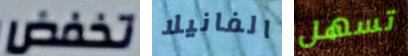
تخفض الفانيلا تسهل